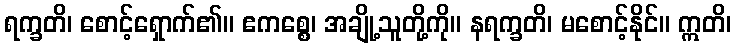
ရက္ခတိ၊ စောင့်ရှောက်၏။ ဧကစ္စေ၊ အချို့သူတို့ကို။ နရက္ခတိ၊ မစောင့်နိုင်။ ဣတိ၊